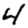
Digit: 4